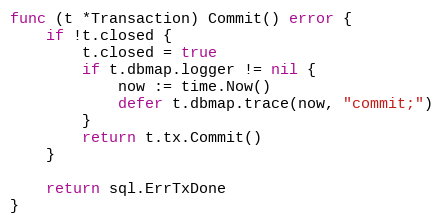
Language: Go
func (t *Transaction) Commit() error {
	if !t.closed {
		t.closed = true
		if t.dbmap.logger != nil {
			now := time.Now()
			defer t.dbmap.trace(now, "commit;")
		}
		return t.tx.Commit()
	}

	return sql.ErrTxDone
}